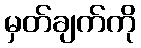
မှတ်ချက်ကို